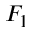
F _ { 1 }